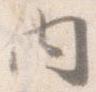
内